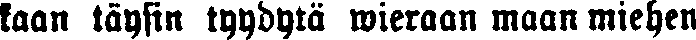
kaan täysin tyydytä wieraan maan miehen